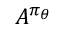
A ^ { \pi _ { \theta } }